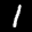
Label: 1